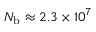
N _ { \mathrm { b } } \approx 2 . 3 \times 1 0 ^ { 7 }